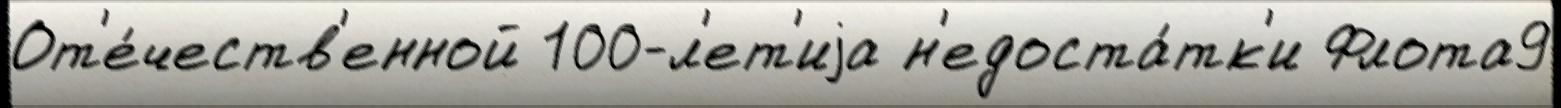
От'е́честв'енной 100-л'ет'иjа н'едоста́тк'и Флота9